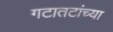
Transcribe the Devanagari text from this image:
गटातटांच्या